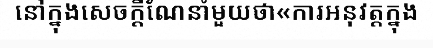
នៅក្នុងសេចក្តីណែនាំមួយថា«ការអនុវត្តក្នុង